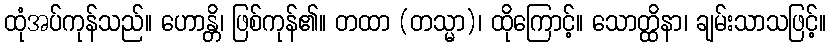
ထုံအပ်ကုန်သည်။ ဟောန္တိ၊ ဖြစ်ကုန်၏။ တထာ (တသ္မာ)၊ ထိုကြောင့်။ သောတ္ထိနာ၊ ချမ်းသာသဖြင့်။